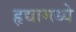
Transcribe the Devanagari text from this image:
हृद्यामध्ये